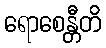
ရောစေန္တီတိ